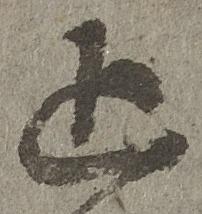
追